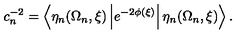
c _ { n } ^ { - 2 } = \left\langle \eta _ { n } ( \Omega _ { n } , \xi ) \left| e ^ { - 2 \phi ( \xi ) } \right| \eta _ { n } ( \Omega _ { n } , \xi ) \right\rangle .